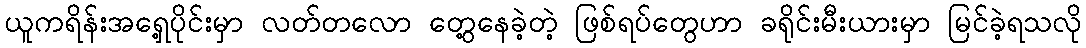
ယူကရိန်းအရှေ့ပိုင်းမှာ လတ်တလော တွေ့နေခဲ့တဲ့ ဖြစ်ရပ်တွေဟာ ခရိုင်းမီးယားမှာ မြင်ခဲ့ရသလို